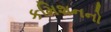
કમિશનનો